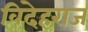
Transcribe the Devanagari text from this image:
विदेहराज